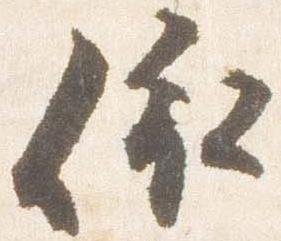
依